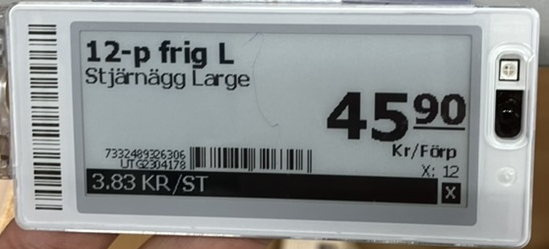
Vara: 12-p frig L
Genomsnittspris: 3.83 per st